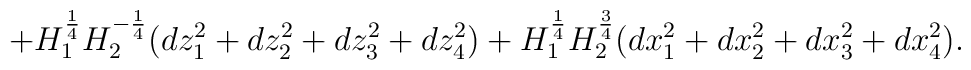
+ H_{1}^{\frac{1}{4}}H_{2}^{-\frac{1}{4}}  (dz_{1}^{2}+dz_{2}^{2}+dz_{3}^{2}+dz_{4}^{2})+  H_{1}^{\frac{1}{4}}H_{2}^{\frac{3}{4}}  (dx_{1}^{2}+dx_{2}^{2}+dx_{3}^{2}+dx_{4}^{2}).